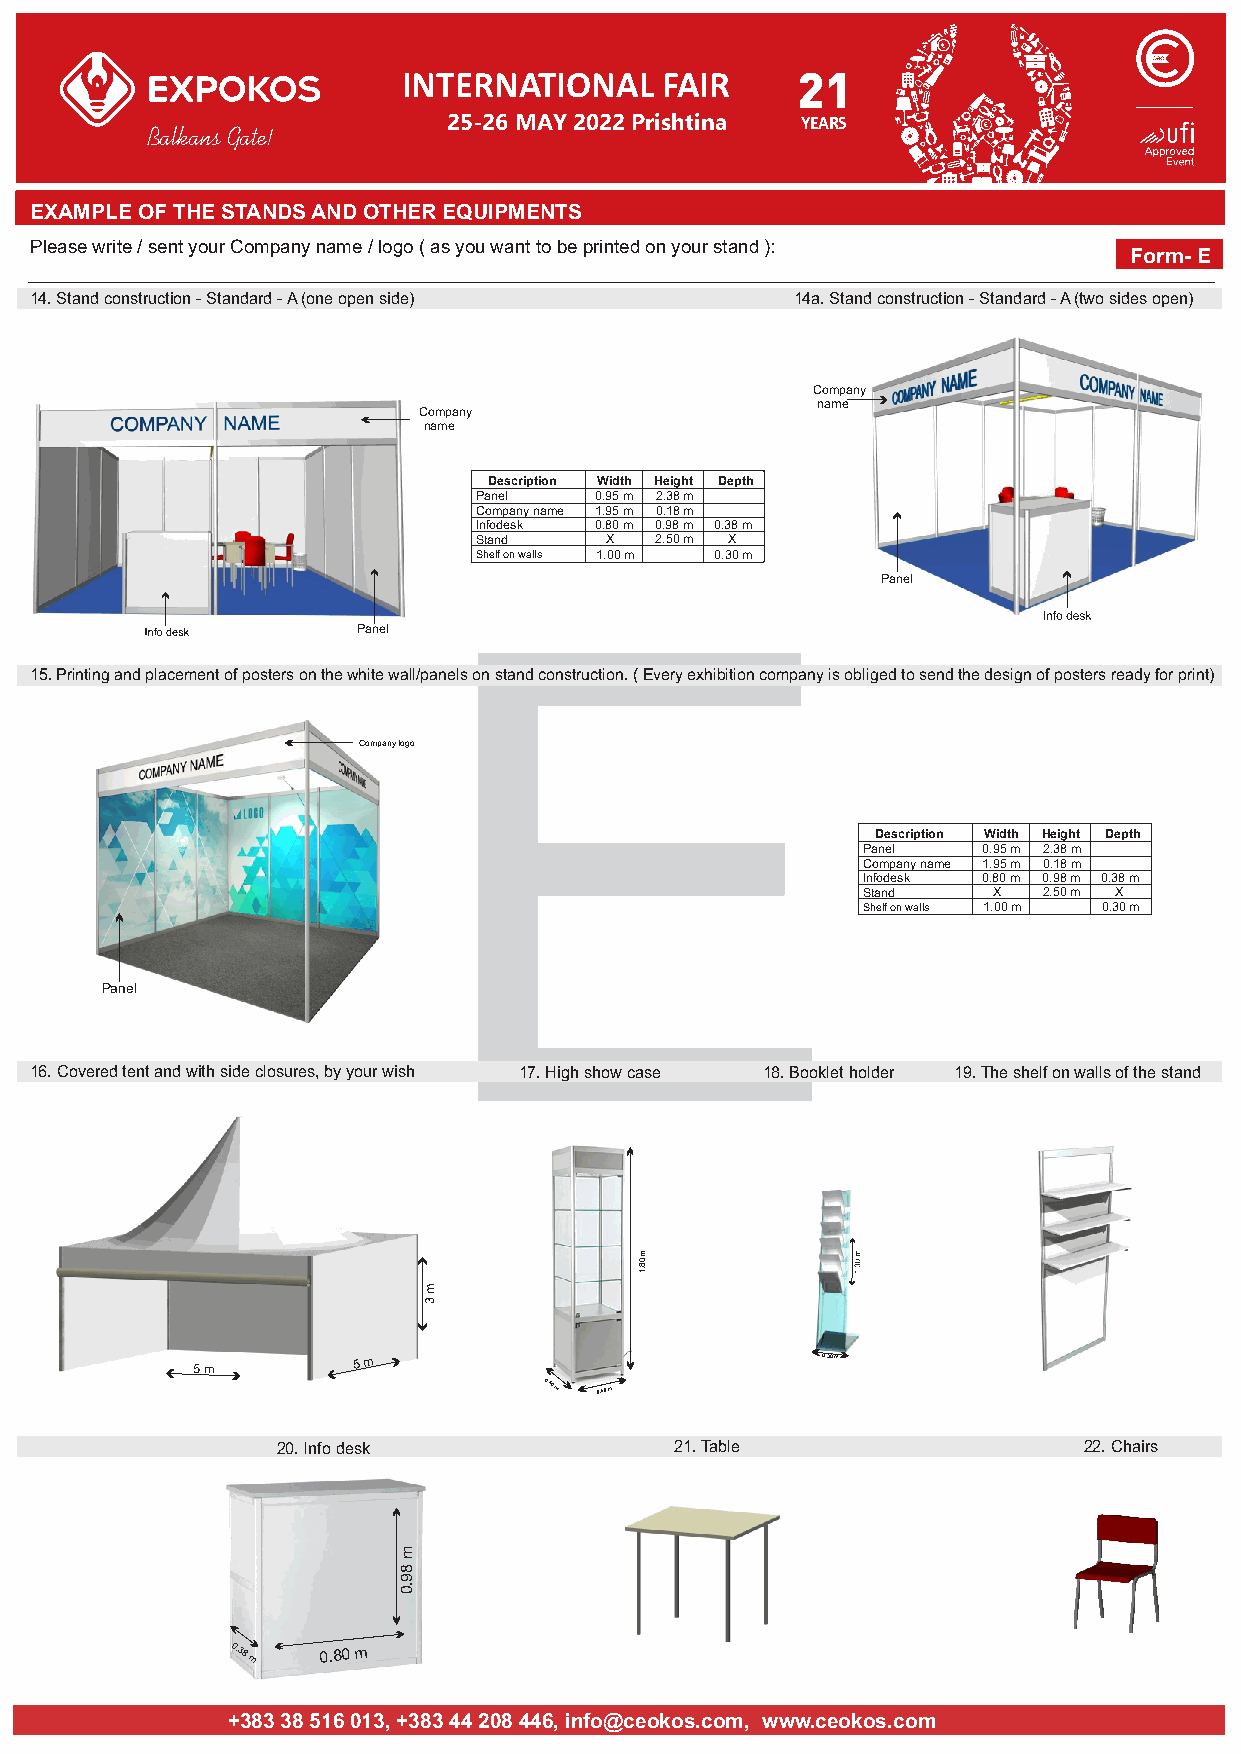
INTERNATIONAL    FAIR     21
 25-26 MAY 2022 Prishtina YEARS
 Balkans Gate!
 EXAMPLE OF THE STANDS AND OTHER EQUIPMENTS
 Please write / sent your Company namJeu / lluotgeom ( apsl oyotëu swoajnetn tio dbhe ep rdinëtergd oojne ynoi upr rsatapnad n):ë CEO Form- E
 Afati i fundit për Konfirmim: 13 Mars 2009
 14. Stand construction - Standard - A (one open side ) 14a. Stand construction - Standard - A (two sides open)
 Company
 name
 Company
 name
 Description Width Height Depth
 Panel   0.95 m 2.38 m
 Company name 1.95 m 0.18 m
 Infodesk 0.80 m 0.98 m 0.38 m
 Stand    X  2.50 m X
 Shelf on walls 1.00 m 0.30 m
 Panel
 E
 Panel
 15. Printing and placement of posters on the white wall/panels on stand construction. ( Every exhibition company is obliged to send the design of posters ready for print)
 Companylogo
 Description Width Height Depth
 Panel   0.95 m 2.38 m
 Company name 1.95 m 0.18 m
 Infodesk 0.80 m 0.98 m 0.38 m
 Stand    X  2.50 m X
 Shelf on walls 1.00 m 0.30 m
 Panel
 16. Covered tent and with side closures, by your wish 17. High show case 18. Booklet holder 19. The shelf on walls of the stand
 m
 3
 5 m       5 m                            0.30 m
 0.40
 m  0.40 m
 20. Info desk              21. Table                  22. Chairs
 0.38
 m
 0.80 m
 +383 38 516 013, +383 44 208 446, info@ceokos.com, www.ceokos.com
 m
 89.0
 m08.1